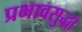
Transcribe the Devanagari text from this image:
प्रभावसुद्धा